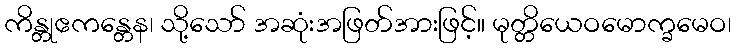
ကိန္တုဧကန္တေန၊ သို့သော် အဆုံးအဖြတ်အားဖြင့်။ မုတ္တိယေဝမောက္ခမေဝ၊